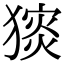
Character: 𤡗